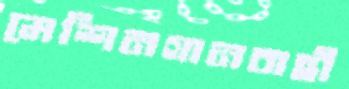
মেশিনগানবাহী